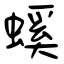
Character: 螇